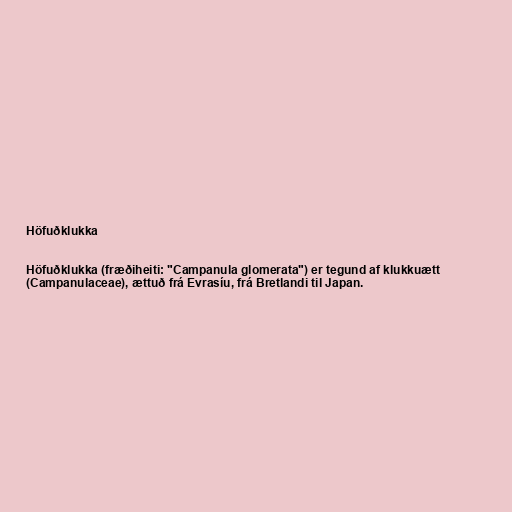
Höfuðklukka

Höfuðklukka (fræðiheiti: "Campanula glomerata") er tegund af klukkuætt
(Campanulaceae), ættuð frá Evrasíu, frá Bretlandi til Japan.